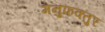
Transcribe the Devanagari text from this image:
मनुफक्तुर